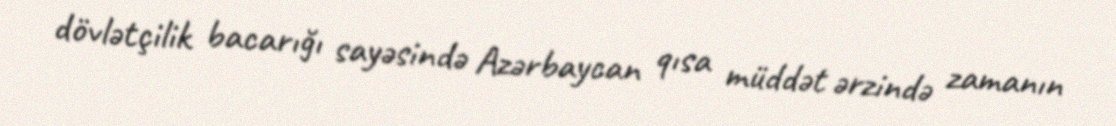
dövlətçilik bacarığı sayəsində Azərbaycan qısa müddət ərzində zamanın